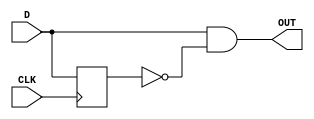
module edgeDetector(D,CLK,OUT);
input D,CLK;
output OUT;
reg Q;
always @(posedge CLK)
begin 
Q<=D;
end

assign OUT =D&~Q;
endmodule